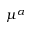
\mu ^ { \alpha }